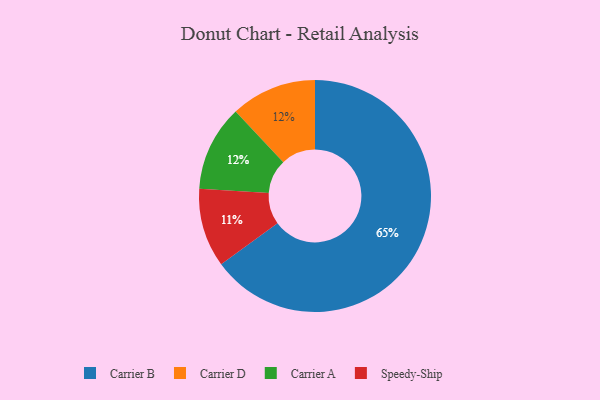
{"axis": {"x": "Category", "y": "Percentage"}, "legend": ["Carrier A", "Carrier B", "Carrier D", "Speedy-Ship"], "data": [{"x": "Speedy-Ship", "y": 11, "type": "Speedy-Ship"}, {"x": "Carrier B", "y": 65, "type": "Carrier B"}, {"x": "Carrier D", "y": 12, "type": "Carrier D"}, {"x": "Carrier A", "y": 12, "type": "Carrier A"}]}